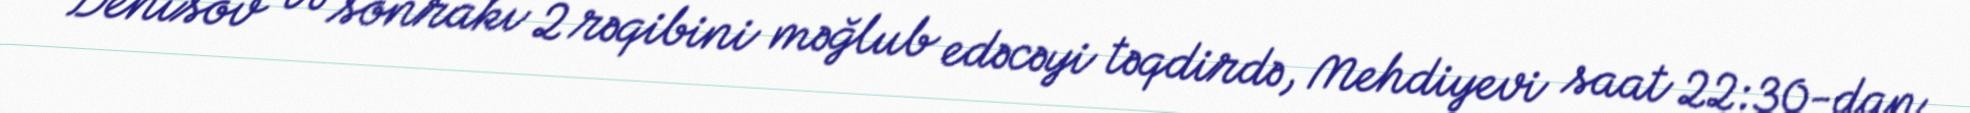
Denisov və sonrakı 2 rəqibini məğlub edəcəyi təqdirdə, Mehdiyevi saat 22:30-dan